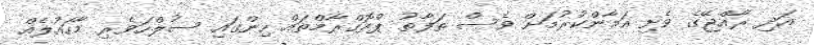
އަދި ރާއްޖޭގެ ވެށި އަމާންކުރުމަށް ވެސް ތަފާތު ޕްރޮގްރާމްތައް ހިންގައި ސުލްހަވެރި މާހައުލެއް